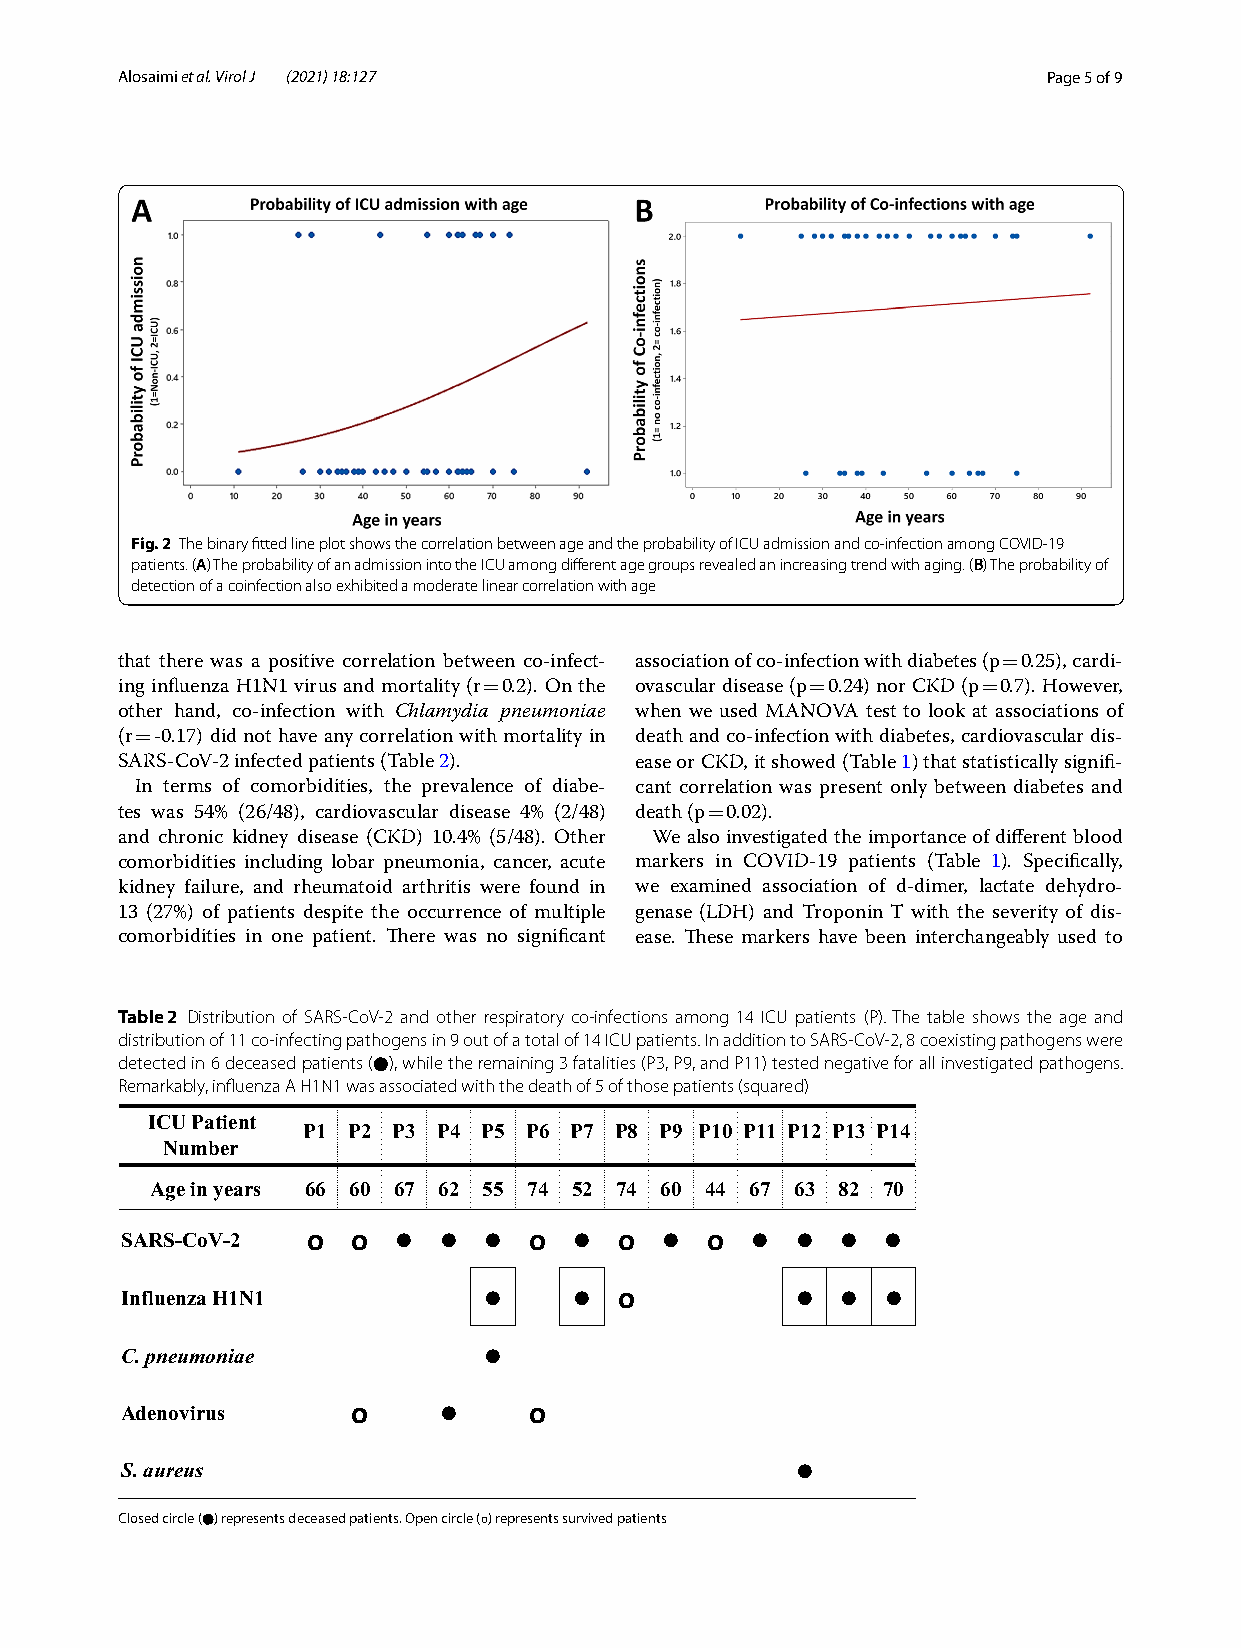
A losaimi et al. Virol J (2021) 18:127                       Page 5 of 9
 Fig. 2 The binary fitted line plot shows the correlation between age and the probability of ICU admission and co-infection among COVID-19
 patients. (A) The probability of an admission into the ICU among different age groups revealed an increasing trend with aging. (B) The probability of
 detection of a coinfection also exhibited a moderate linear correlation with age
 that there was a positive correlation between co-infect- association of co-infection with diabetes (p 0.25), cardi-
 =
 ing influenza H1N1 virus and mortality (r 0.2). On the ovascular disease (p 0.24) nor CKD (p 0.7). However,
 =                     =          =
 other hand, co-infection with Chlamydia pneumoniae when we used MANOVA test to look at associations of
 (r -0.17) did not have any correlation with mortality in death and co-infection with diabetes, cardiovascular dis-
 =
 SARS-CoV-2 infected patients (Table 2). ease or CKD, it showed (Table 1) that statistically signifi-
 In terms of comorbidities, the prevalence of diabe- cant correlation was present only between diabetes and
 tes was 54% (26/48), cardiovascular disease 4% (2/48) death (p 0.02).
 =
 and chronic kidney disease (CKD) 10.4% (5/48). Other We also investigated the importance of different blood
 comorbidities including lobar pneumonia, cancer, acute markers in COVID-19 patients (Table 1). Specifically,
 kidney failure, and rheumatoid arthritis were found in we examined association of d-dimer, lactate dehydro-
 13 (27%) of patients despite the occurrence of multiple genase (LDH) and Troponin T with the severity of dis-
 comorbidities in one patient. There was no significant ease. These markers have been interchangeably used to
 Table 2 Distribution of SARS-CoV-2 and other respiratory co-infections among 14 ICU patients (P). The table shows the age and
 distribution of 11 co-infecting pathogens in 9 out of a total of 14 ICU patients. In addition to SARS-CoV-2, 8 coexisting pathogens were
 detected in 6 deceased patients (●), while the remaining 3 fatalities (P3, P9, and P11) tested negative for all investigated pathogens.
 Remarkably, influenza A H1N1 was associated with the death of 5 of those patients (squared)
 ICU Patient
 P1 P2 P3 P4 P5 P6 P7 P8 P9 P10 P11 P12 P13 P14
 Number
 Age in years 66 60 67 62 55 74 52 74 60 44 67 63 82 70
 SARS-CoV-2  ο  ο  •  •  •  ο  •  ο  •  ο  • •  •  •
 Influenza H1N1          •     •  ο           • •  •
 •
 C. pneumoniae
 Adenovirus     ο     •     ο
 •
 S. aureus
 Closed circle (●) represents deceased patients. Open circle (ο) represents survived patients